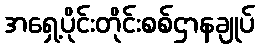
အရှေ့ပိုင်းတိုင်းစစ်ဌာနချုပ်